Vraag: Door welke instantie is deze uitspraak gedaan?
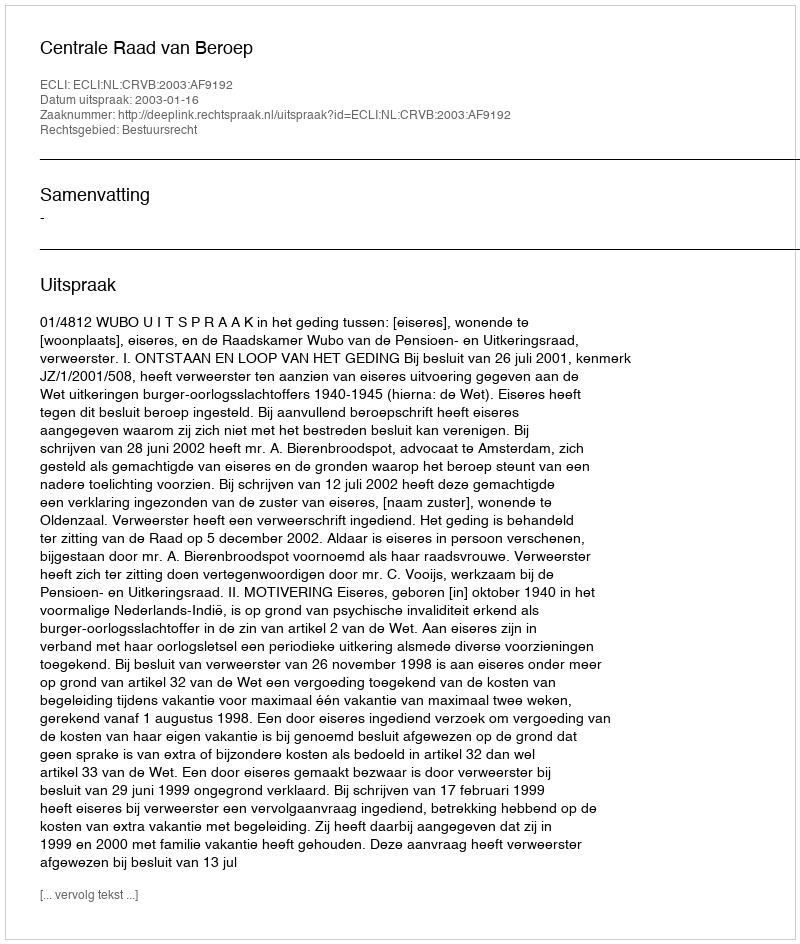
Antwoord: Centrale Raad van Beroep